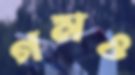
গমও